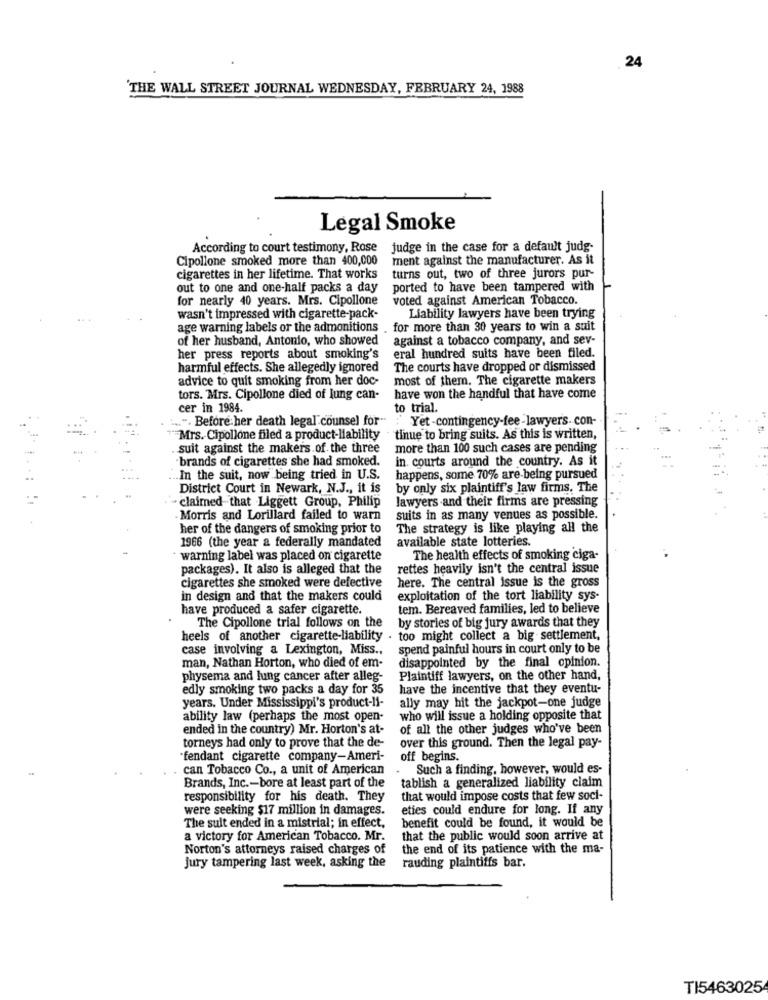
24
'THE WALL STREET JOURNAL WEDNESDAY, FEBRUARY 24, 1988
Legal Smoke
According to court testimony, Rose
judge in the case for a default judg-
Cipollone smoked more than 400,000
ment against the manufacturer. As it
cigarettes in her lifetime. That works
turns out, two of three jurors pur-
out to one and one-half packs a day
ported to have been tampered with
for nearly 40 years. Mrs. Cipollone
voted against American Tobacco.
wasn't impressed with cigarette-pack-
Liability lawyers have been trying
age warning labels or the admonitions . for more than 30 years to win a suit
of her husband, Antonio, who showed
against a tobacco company, and sev-
eral hundred suits have been filed.
her press reports about smoking's
harmful effects. She allegedly ignored
The courts have dropped or dismissed
advice to quit smoking from her doc-
most of them. The cigarette makers
tors. Mrs. Cipollone died of lung can-
have won the handful that have come
cer in 1984.
to trial.
... ". Before:her death legal counsel for" Yet-contingency-fee-lawyers. con-
" Mrs. Cipollone filed a product-liability . tinue to bring suits. As this is written,
suit against the makers of the three
more than 100 such cases are pending
brands of cigarettes she had smoked.
in. courts around the country. As it
In the suit, now being tried in U.S.
happens, some 70% are being pursued
District Court in Newark, N.J ., it is
by only six plaintiff's law firms, The
claimed that Liggett Group, Philip
lawyers and their firms are pressing
Morris and Lorillard failed to warn
suits in as many venues as possible.
her of the dangers of smoking prior to
The strategy is like playing all the
1966 (the year a federally mandated
available state lotteries.
warning label was placed on cigarette
The health effects of smoking ciga-
packages). It also is alleged that the
rettes heavily isn't the central issue
here. The central issue is the gross
cigarettes she smoked were defective
in design and that the makers could
exploitation of the tort liability sys-
have produced a safer cigarette.
tem. Bereaved families, led to believe
by stories of big jury awards that they
The Cipollone trial follows on the
heels of another cigarette-liability . too might collect a big settlement,
case involving a Lexington, Miss .,
spend painful hours in court only to be
disappointed by the final opinion.
man, Nathan Horton, who died of em-
physema and lung cancer after alleg-
Plaintiff lawyers, on the other hand,
edly smoking two packs a day for 35
have the incentive that they eventu-
ally may hit the jackpot-one judge
years. Under Mississippi's product-11-
ability law (perhaps the most open-
who will issue a holding opposite that
ended in the country) Mr. Horton's at-
of all the other judges who've been
torneys had only to prove that the de-
over this ground. Then the legal pay-
fendant cigarette company-Ameri-
off begins.
. can Tobacco Co ., a unit of American
Such a finding, however, would es-
tablish a generalized liability claim
Brands, Inc .- bore at least part of the
responsibility for his death. They
that would impose costs that few soci-
were seeking $17 million in damages.
eties could endure for long. If any
benefit could be found, it would be
The suit ended in a mistrial; in effect,
a victory for American Tobacco. Mr.
that the public would soon arrive at
Norton's attorneys raised charges of
the end of its patience with the ma-
rauding plaintiffs bar.
jury tampering last week, asking the
TI5463025